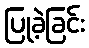
ပြုခဲ့ခြင်း